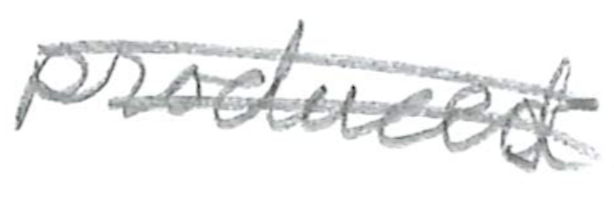
Text: those
Cross-out: double-line
Writing tool: pencil